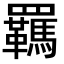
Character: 羈